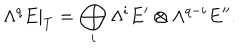
LaTeX: \Lambda ^ { q } E | _ { T } = \bigoplus _ { i } \Lambda ^ { i } E ^ { \prime } \otimes \Lambda ^ { q - i } E ^ { \prime \prime } .